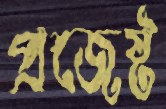
প্রজেষ্ট